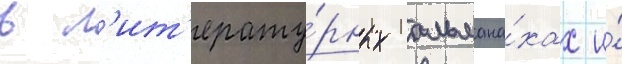
в л'ит'ерату́рных альмана́хах и́